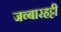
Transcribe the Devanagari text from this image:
जब्‍बारहट्टी